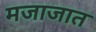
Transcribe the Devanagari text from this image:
मजाजात